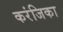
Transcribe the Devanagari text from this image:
करंजिका